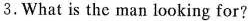
3.What is the man looking for?